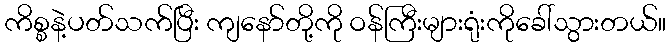
ကိစ္စနဲ့ပတ်သက်ပြီး ကျနော်တို့ကို ဝန်ကြီးများရုံးကိုခေါ်သွားတယ်။